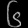
Digit: ၆